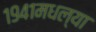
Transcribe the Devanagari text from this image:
१९४१मधल्या